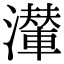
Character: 𤁥